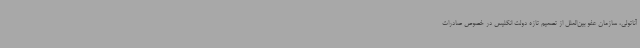
آناتولی، سازمان عفو بین‌الملل از تصمیم تازه دولت انگلیس در خصوص صادرات